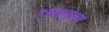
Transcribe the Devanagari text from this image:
रासनृत्य